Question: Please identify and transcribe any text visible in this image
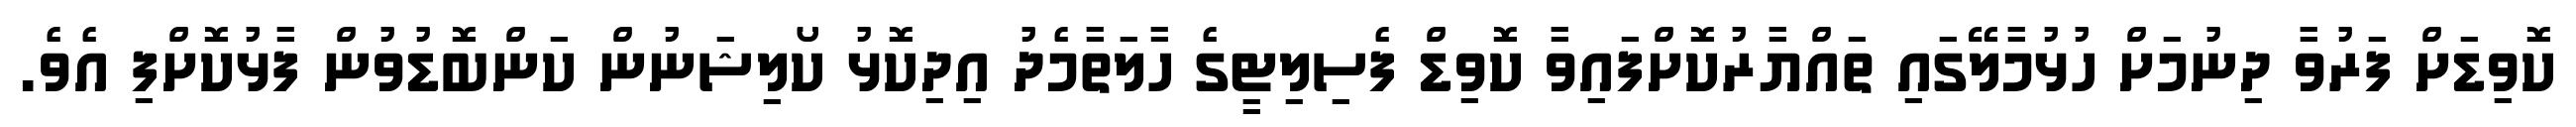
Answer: ކޮވިޑަށް ފަރުވާ ދިނުމަށް ހުޅުމާލޭގައި ތައްޔާރުކޮށްފައިވާ ކޮވިޑް ފެސިލިޓީގެ ހާލަތާމެދު އިދިކޮޅު ކޯލިޝަނުން ކަންބޮޑުވުން ފާޅުކޮށްފި އެވެ.